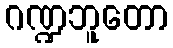
ဂဏ္ဍဘူတော